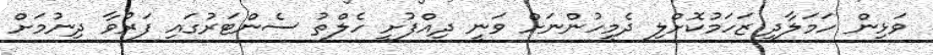
ވަޅިން ހަމަލާދީ ޒަހަމުކޮށްލި ދެމީހުންނަށް ވަނީ ދިއްފުށީ ހެލްތު ސެންޓަރުގައި ފަރުވާ ދިނުމަށް